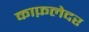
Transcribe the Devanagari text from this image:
काफ़लेदर